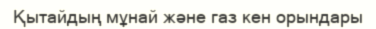
Қытайдың мұнай және газ кен орындары